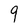
Character: 9